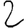
Digit: 2